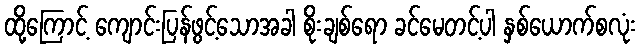
ထို့ကြောင့် ကျောင်းပြန်ဖွင့်သောအခါ စိုးချစ်ရော ခင်မေတင့်ပါ နှစ်ယောက်စလုံး